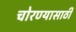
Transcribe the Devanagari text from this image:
चोरण्यासाठी